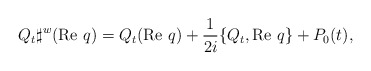
\begin{align*}Q_t \sharp^w (\textrm{Re }q)=Q_t(\textrm{Re }q)+\frac{1}{2i}\{Q_t,\textrm{Re }q\}+P_0(t),\end{align*}